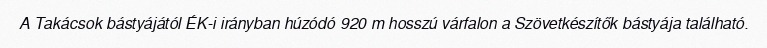
A Takácsok bástyájától ÉK-i irányban húzódó 920 m hosszú várfalon a Szövetkészítők bástyája található.